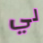
لي